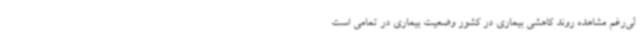
لی‌رغم مشاهده روند کاهشی بیماری در کشور وضعیت بیماری در تمامی است